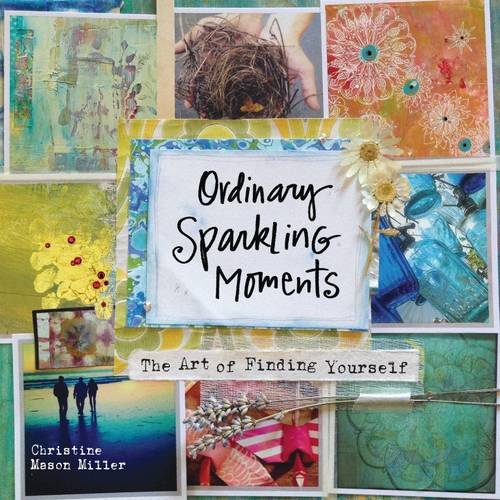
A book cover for Ordinary Sparkling Moments: The Art of Finding Yourself; Christine Mason Miller; Crafts, Hobbies & Home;